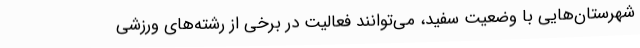
شهرستان‌هایی با وضعیت سفید، می‌توانند فعالیت در برخی از رشته‌های ورزشی